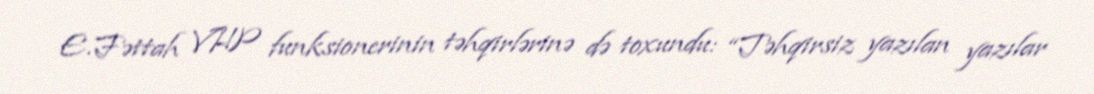
E.Fəttah VHP funksionerinin təhqirlərinə də toxundu: “Təhqirsiz yazılan yazılar